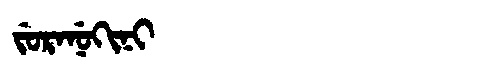
Manchu: ᠵᡠᡵᠠᠨᡠᡴᡳᠨᡳ
Romanization: JURANUKINI